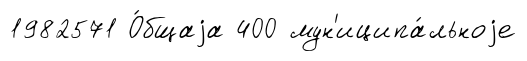
1982571 О́бщаjа 400 мун'иципа́льноjе